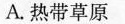
A.热带草原